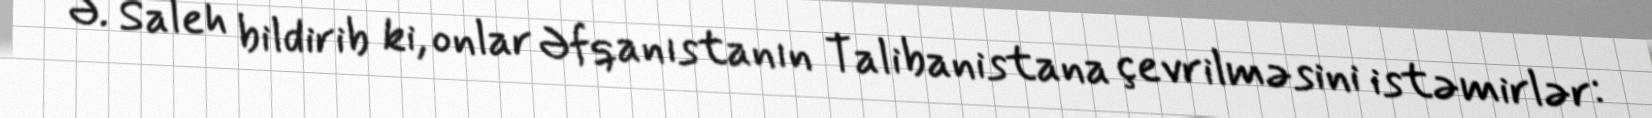
Ə. Saleh bildirib ki, onlar Əfqanıstanın Talibanistana çevrilməsini istəmirlər: